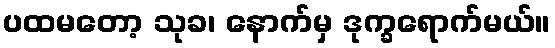
ပထမတော့ သုခ၊ နောက်မှ ဒုက္ခရောက်မယ်။